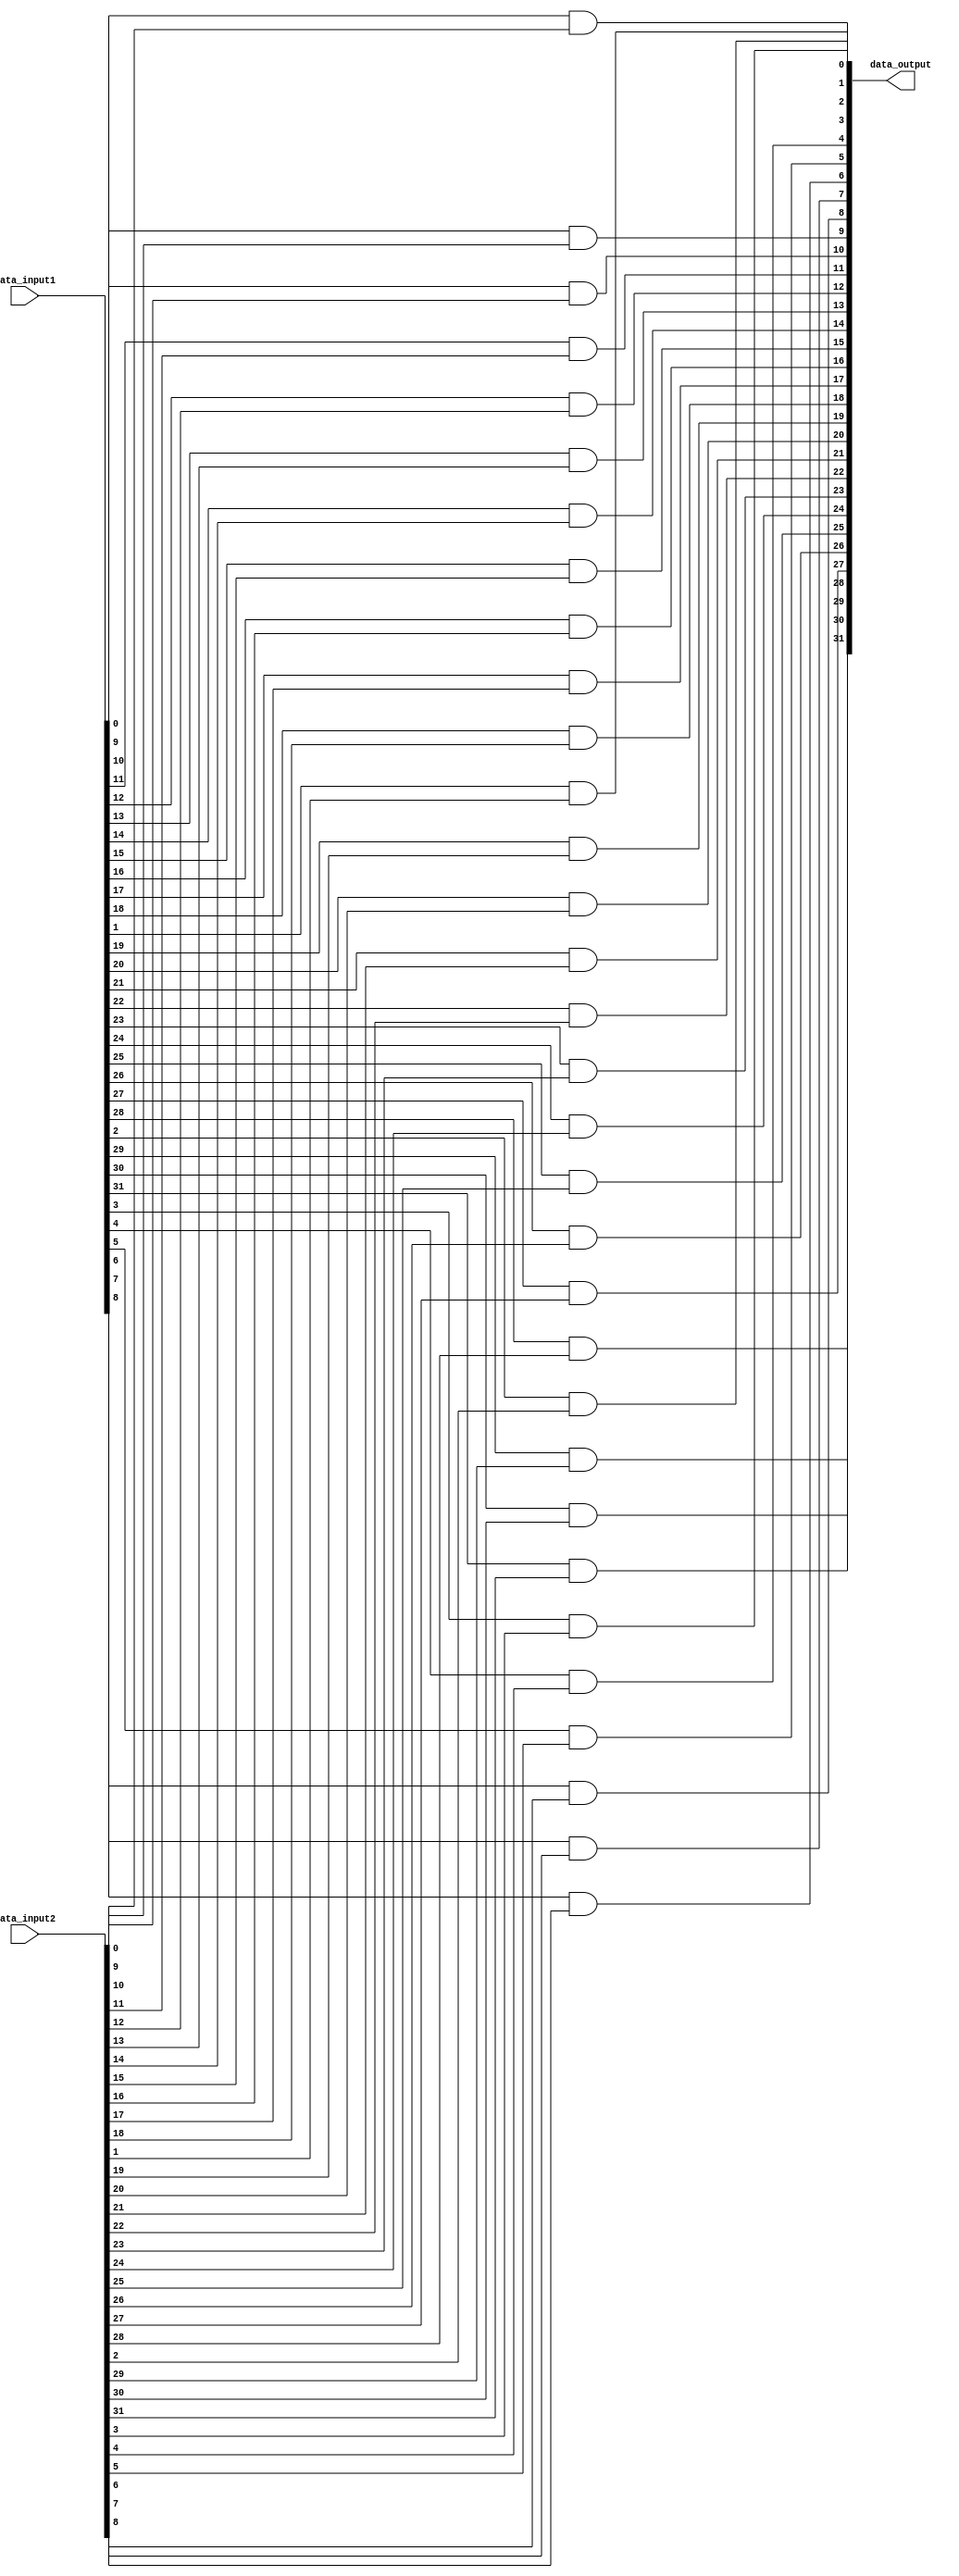
module my_bitwise_and(data_input1, data_input2, data_output);

	input [31:0] data_input1, data_input2;
	
	output [31:0] data_output;
	
	genvar k;
	generate
	for(k = 0; k < 32; k = k+1) begin: bitWiseAndLoop
		and myAnd(data_output[k], data_input1[k], data_input2[k]);
   end
	endgenerate
	
endmodule